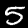
Digit: 5